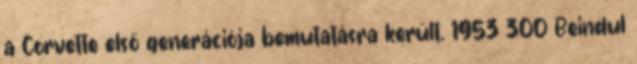
a Corvette első generációja bemutatásra került. 1953 300 Beindul